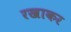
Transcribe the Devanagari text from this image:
रखाकर